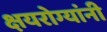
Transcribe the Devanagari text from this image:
क्षयरोग्यांनी